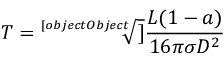
T = { \sqrt [ [object Object] ] { \frac { L ( 1 - a ) } { 1 6 \pi \sigma D ^ { 2 } } } }